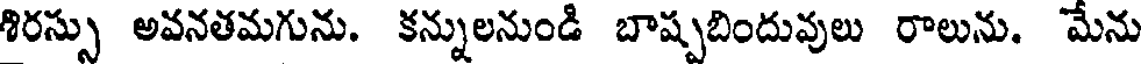
శిరస్సు అవనతమగును. కన్నులనుండి బాష్పబిందువులు రాలును. మేను